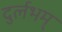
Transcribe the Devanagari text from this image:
दुर्लभम्